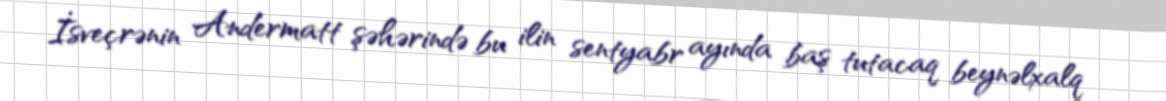
İsveçrənin Andermatt şəhərində bu ilin sentyabr ayında baş tutacaq beynəlxalq